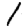
Digit: 1